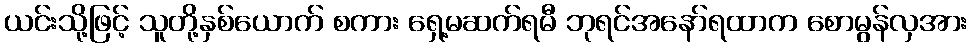
ယင်းသို့ဖြင့် သူတို့နှစ်ယောက် စကား ရှေ့မဆက်ရမီ ဘုရင်အနော်ရထာက စောမွန်လှအား